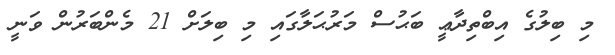
މި ބިލުގެ އިބްތިދާޢީ ބަޙުސް މަރުޙަލާގައި މި ބިލަށް 21 މެންބަރުން ވަނީ